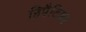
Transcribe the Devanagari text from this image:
हिपैटिका